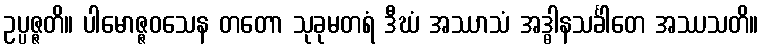
ဥပ္ပဇ္ဇတိ။ ပါမောဇ္ဇဝသေန တတော သုခုမတရံ ဒီဃံ အဿာသံ အဒ္ဓါနသင်္ခါတေ အဿသတိ။